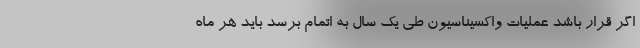
اگر قرار باشد عملیات واکسیناسیون طی یک سال به اتمام برسد باید هر ماه